Indian journal of veterinary science and animal husbandry - Volumes 18-21, 1948-1951
Year: 1948
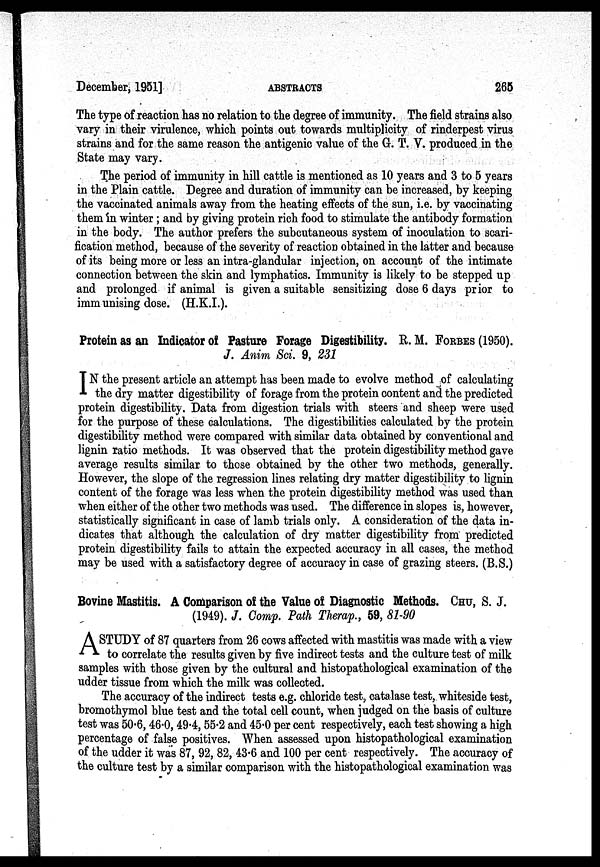
December, 1951]
ABSTRACTS
265
The type of reaction has no relation to the degree of immunity. The field strains also
vary in their virulence, which points out towards multiplicity of rinderpest virus
strains and for the same reason the antigenic value of the G. T. V. produced in the
State may vary.
The period of immunity in hill cattle is mentioned as 10 years and 3 to 5 years
in the Plain cattle. Degree and duration of immunity can be increased, by keeping
the vaccinated animals away from the heating effects of the sun, i.e. by vaccinating
them in winter; and by giving protein rich food to stimulate the antibody formation
in the body. The author prefers the subcutaneous system of inoculation to scari-
fication method, because of the severity of reaction obtained in the latter and because
of its being more or less an intra-glandular injection, on account of the intimate
connection between the skin and lymphatics. Immunity is likely to be stepped up
and prolonged if animal is given a suitable sensitizing dose 6 days prior to
immunising dose. (H.K.I.).
Protein as an Indicator of Pasture Forage Digestibility. R. M. FORBES (1950).
J. Anim Sci. 9, 231
I N the present article an attempt has been made to evolve method of calculating
the dry matter digestibility of forage from the protein content and the predicted
protein digestibility. Data from digestion trials with steers and sheep were used
for the purpose of these calculations. The digestibilities calculated by the protein
digestibility method were compared with similar data obtained by conventional and
lignin ratio methods. It was observed that the protein digestibility method gave
average results similar to those obtained by the other two methods, generally.
However, the slope of the regression lines relating dry matter digestibility to lignin
content of the forage was less when the protein digestibility method was used than
when either of the other two methods was used. The difference in slopes is, however,
statistically significant in case of lamb trials only. A consideration of the data in-
dicates that although the calculation of dry matter digestibility from predicted
protein digestibility fails to attain the expected accuracy in all cases, the method
may be used with a satisfactory degree of accuracy in case of grazing steers. (B.S.)
Bovine Mastitis. A Comparison of the Value of Diagnostic Methods. CHU, S. J.
(1949). J. Comp. Path Therap., 59, 81-90
A STUDY of 87 quarters from 26 cows affected with mastitis was made with a view
to correlate the results given by five indirect tests and the culture test of milk
samples with those given by the cultural and histopathological examination of the
udder tissue from which the milk was collected.
The accuracy of the indirect tests e.g. chloride test, catalase test, whiteside test,
bromothymol blue test and the total cell count, when judged on the basis of culture
test was 50.6, 46.0, 49.4, 55.2 and 45.0 per cent respectively, each test showing a high
percentage of false positives. When assessed upon histopathological examination
of the udder it was 87, 92, 82, 43.6 and 100 per cent respectively. The accuracy of
the culture test by a similar comparison with the histopathological examination was